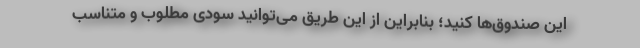
این صندوق‌ها کنید؛ بنابراین از این طریق می‌توانید سودی مطلوب و متناسب